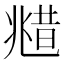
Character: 𠒮